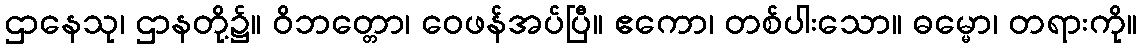
ဌာနေသု၊ ဌာနတို့၌။ ဝိဘတ္တော၊ ဝေဖန်အပ်ပြီ။ ဧကော၊ တစ်ပါးသော။ ဓမ္မော၊ တရားကို။